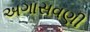
અગાસવણી